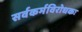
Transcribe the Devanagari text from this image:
सर्वकर्मविरोधकः